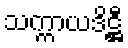
သက္ကာယဒိဋ္ဌီ